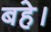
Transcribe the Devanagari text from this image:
बहे।